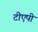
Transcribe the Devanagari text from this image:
टीएपी